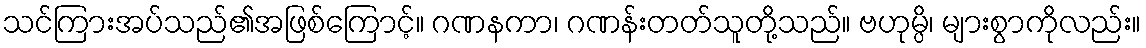
သင်ကြားအပ်သည်၏အဖြစ်ကြောင့်။ ဂဏနကာ၊ ဂဏန်းတတ်သူတို့သည်။ ဗဟုမ္ပိ၊ များစွာကိုလည်း။